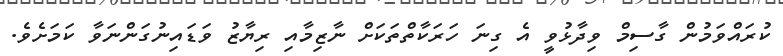
ކުރައްވަމުން ގާސިމް ވިދާޅުވީ އެ ގިނަ ހަރަކާތްތަކަށް ނާޒިމާއި ރިޔާޒު ވަޑައިނުގަންނަވާ ކަމަށެވެ.